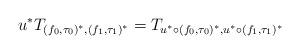
LaTeX: \begin{align*}u^*T_{(f_0,\tau_0)^*, (f_1,\tau_1)^*} = T_{u^*\circ (f_0,\tau_0)^*, u^*\circ (f_1,\tau_1)^*}\end{align*}